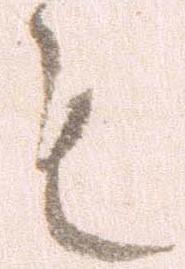
も